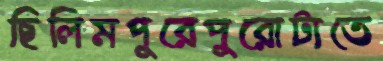
ছিলিমপুরেপুরোটাতে